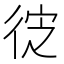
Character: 𭛮